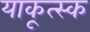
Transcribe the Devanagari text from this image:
याकूत्स्क